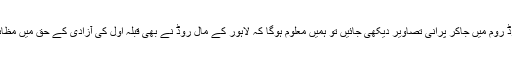
کبھی کسی اخبار یا جریدے کے ریکارڈ روم میں جاکر پرانی تصاویر دیکھی جائیں تو ہمیں معلوم ہوگا کہ لاہور کے مال روڈ نے بھی قبلہ اول کی آزادی کے حق میں مظاہروں کے بہت سے مناظر دیکھے ہیں۔